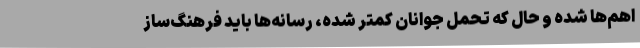
اهم‌ها شده و حال که تحمل جوانان کمتر شده، رسانه‌ها باید فرهنگ‌ساز